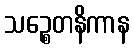
သဉ္စေတနိကာန